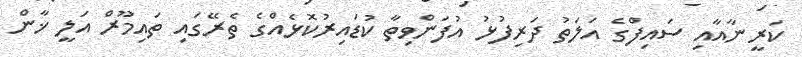
ކަރީނާއާއި ސައިފްގެ އަލަތު ދަރިފުޅު އުފަންވިތާ ކުޑައިރުކޮޅެއްގެ ތެރޭގައި ތައިމޫރް އަލީ ޚާން